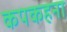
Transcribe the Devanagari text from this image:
कपकहना